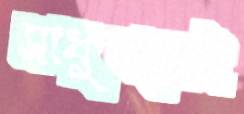
সাধুসঙ্গেই